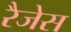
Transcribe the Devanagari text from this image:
रैजेस